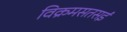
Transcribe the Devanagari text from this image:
विक्रमसतसई